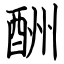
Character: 酬